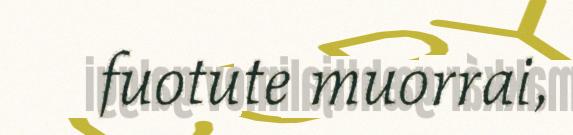
fuotute muorrai,